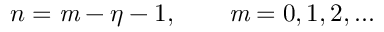
n = \mathit { m } - \eta - 1 , \qquad \mathit { m } = 0 , 1 , 2 , . . .